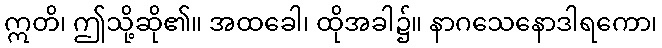
ဣတိ၊ ဤသို့ဆို၏။ အထခေါ၊ ထိုအခါ၌။ နာဂသေနောဒါရကော၊